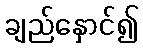
ချည်နှောင်၍